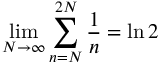
\operatorname* { l i m } _ { N \rightarrow \infty } \sum _ { n = N } ^ { 2 N } { \frac { 1 } { n } } = \ln 2